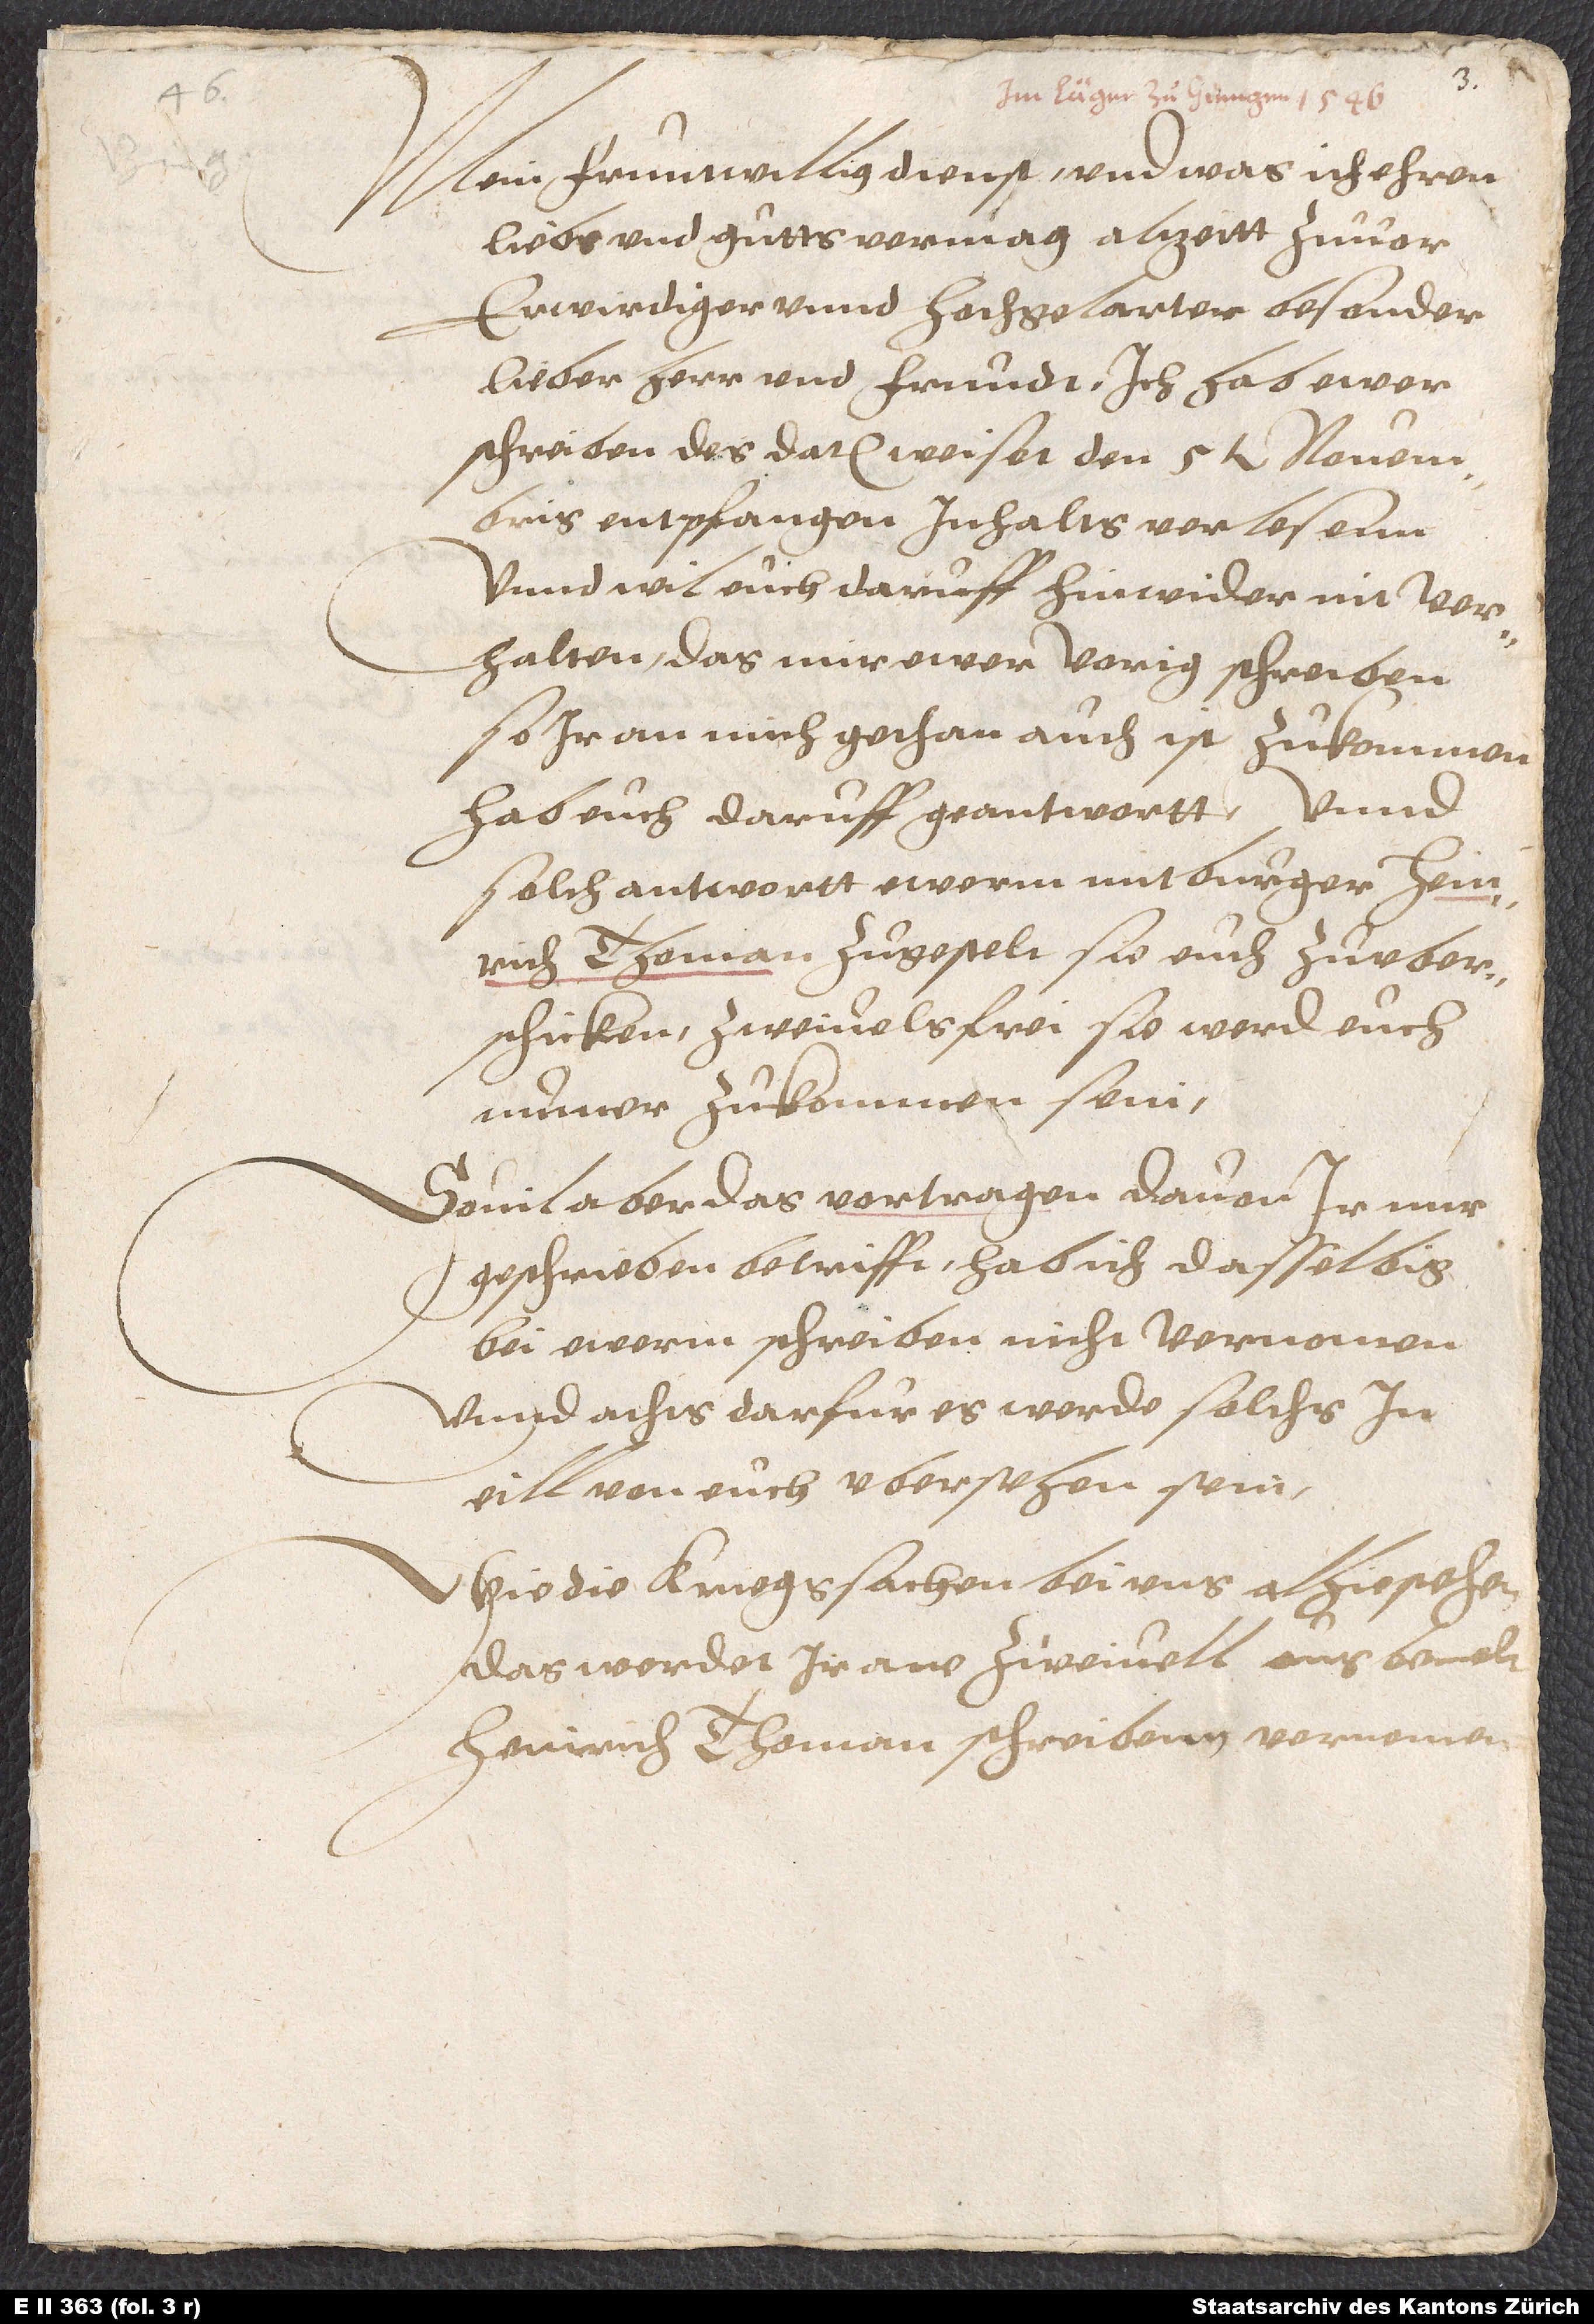
46.

Mein fruntwillig dienst, und was ich ehren,
liebs und gutts vermag, altzeitt zuvor,
erwirdiger unnd hochgelarter, besonder
lieber herr und frundt. Ich hab ewer
schreiben, des datum weiset den 5ten novembris,
entpfangen, inhalts verlesenn,
unnd wil euch daruff hinwider nit
verhalten, das mir ewer vorig schreiben,
so ir an mich gethan, auch ist zukommen.
Hab euch daruff geantwortt, unnd
solch antwortt ewerm mitburger Heinrich
Thoman zugestelt, sie euch zu
uberschicken. Zweivelsfrei, sie werd euch
numer zukommen sein.
Sovil aber das vortragen, davon ir mir
geschrieben, betrifft, hab ich dasselbig
bei ewerm schreiben nicht vernomen,
unnd achts darfür, es werde solchs in
eill von euch ubersehen sein.
Wie die kriegssachen bei uns alhie stehen,
das werdet ir ane zweivell aus bemelt
Heinrich Thoman schreibenn vernomen